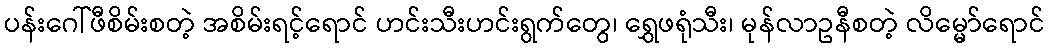
ပန်းဂေါ်ဖီစိမ်းစတဲ့ အစိမ်းရင့်ရောင် ဟင်းသီးဟင်းရွက်တွေ၊ ရွှေဖရုံသီး၊ မုန်လာဥနီစတဲ့ လိမ္မော်ရောင်